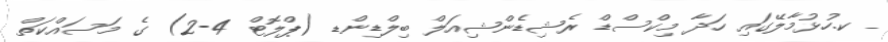
_ ކ.ހުޅުމާލޭގައި ހަދާ މިކްސްޑް ރެޝިޑެންޝިއަލް ބިލްޑިންޑ (ޕްލޮޓް 4-2) ގެ މަސައްކަތް